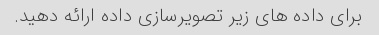
برای داده های زیر تصویرسازی داده ارائه دهید.